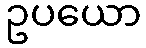
ဥပယော